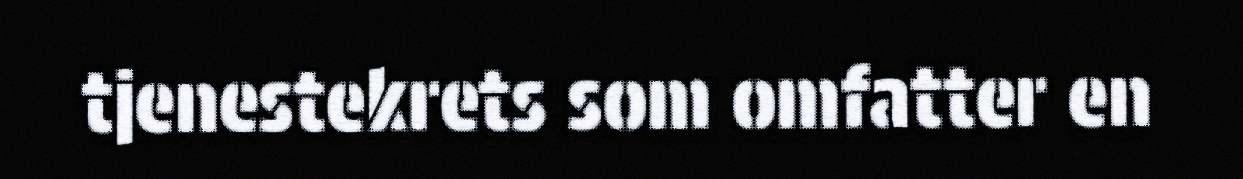
tjenestekrets som omfatter en